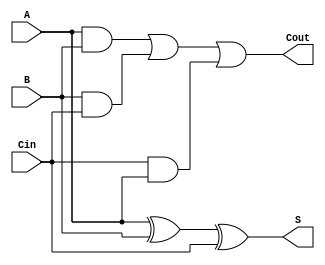
module FullAdder (
    input wire A,      // First binary digit
    input wire B,      // Second binary digit
    input wire Cin,    // Carry-in
    output wire S,     // Sum output
    output wire Cout   // Carry-out
);

// Calculate the sum using XOR gates
assign S = A ^ B ^ Cin;

// Calculate the carry-out using AND and OR gates
assign Cout = (A & B) | (B & Cin) | (Cin & A);

endmodule